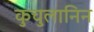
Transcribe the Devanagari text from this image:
कुचुलानिन